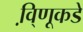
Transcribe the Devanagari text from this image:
वि़्णूकडे